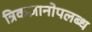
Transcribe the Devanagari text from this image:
त्रिकज्ञानोपलब्ध